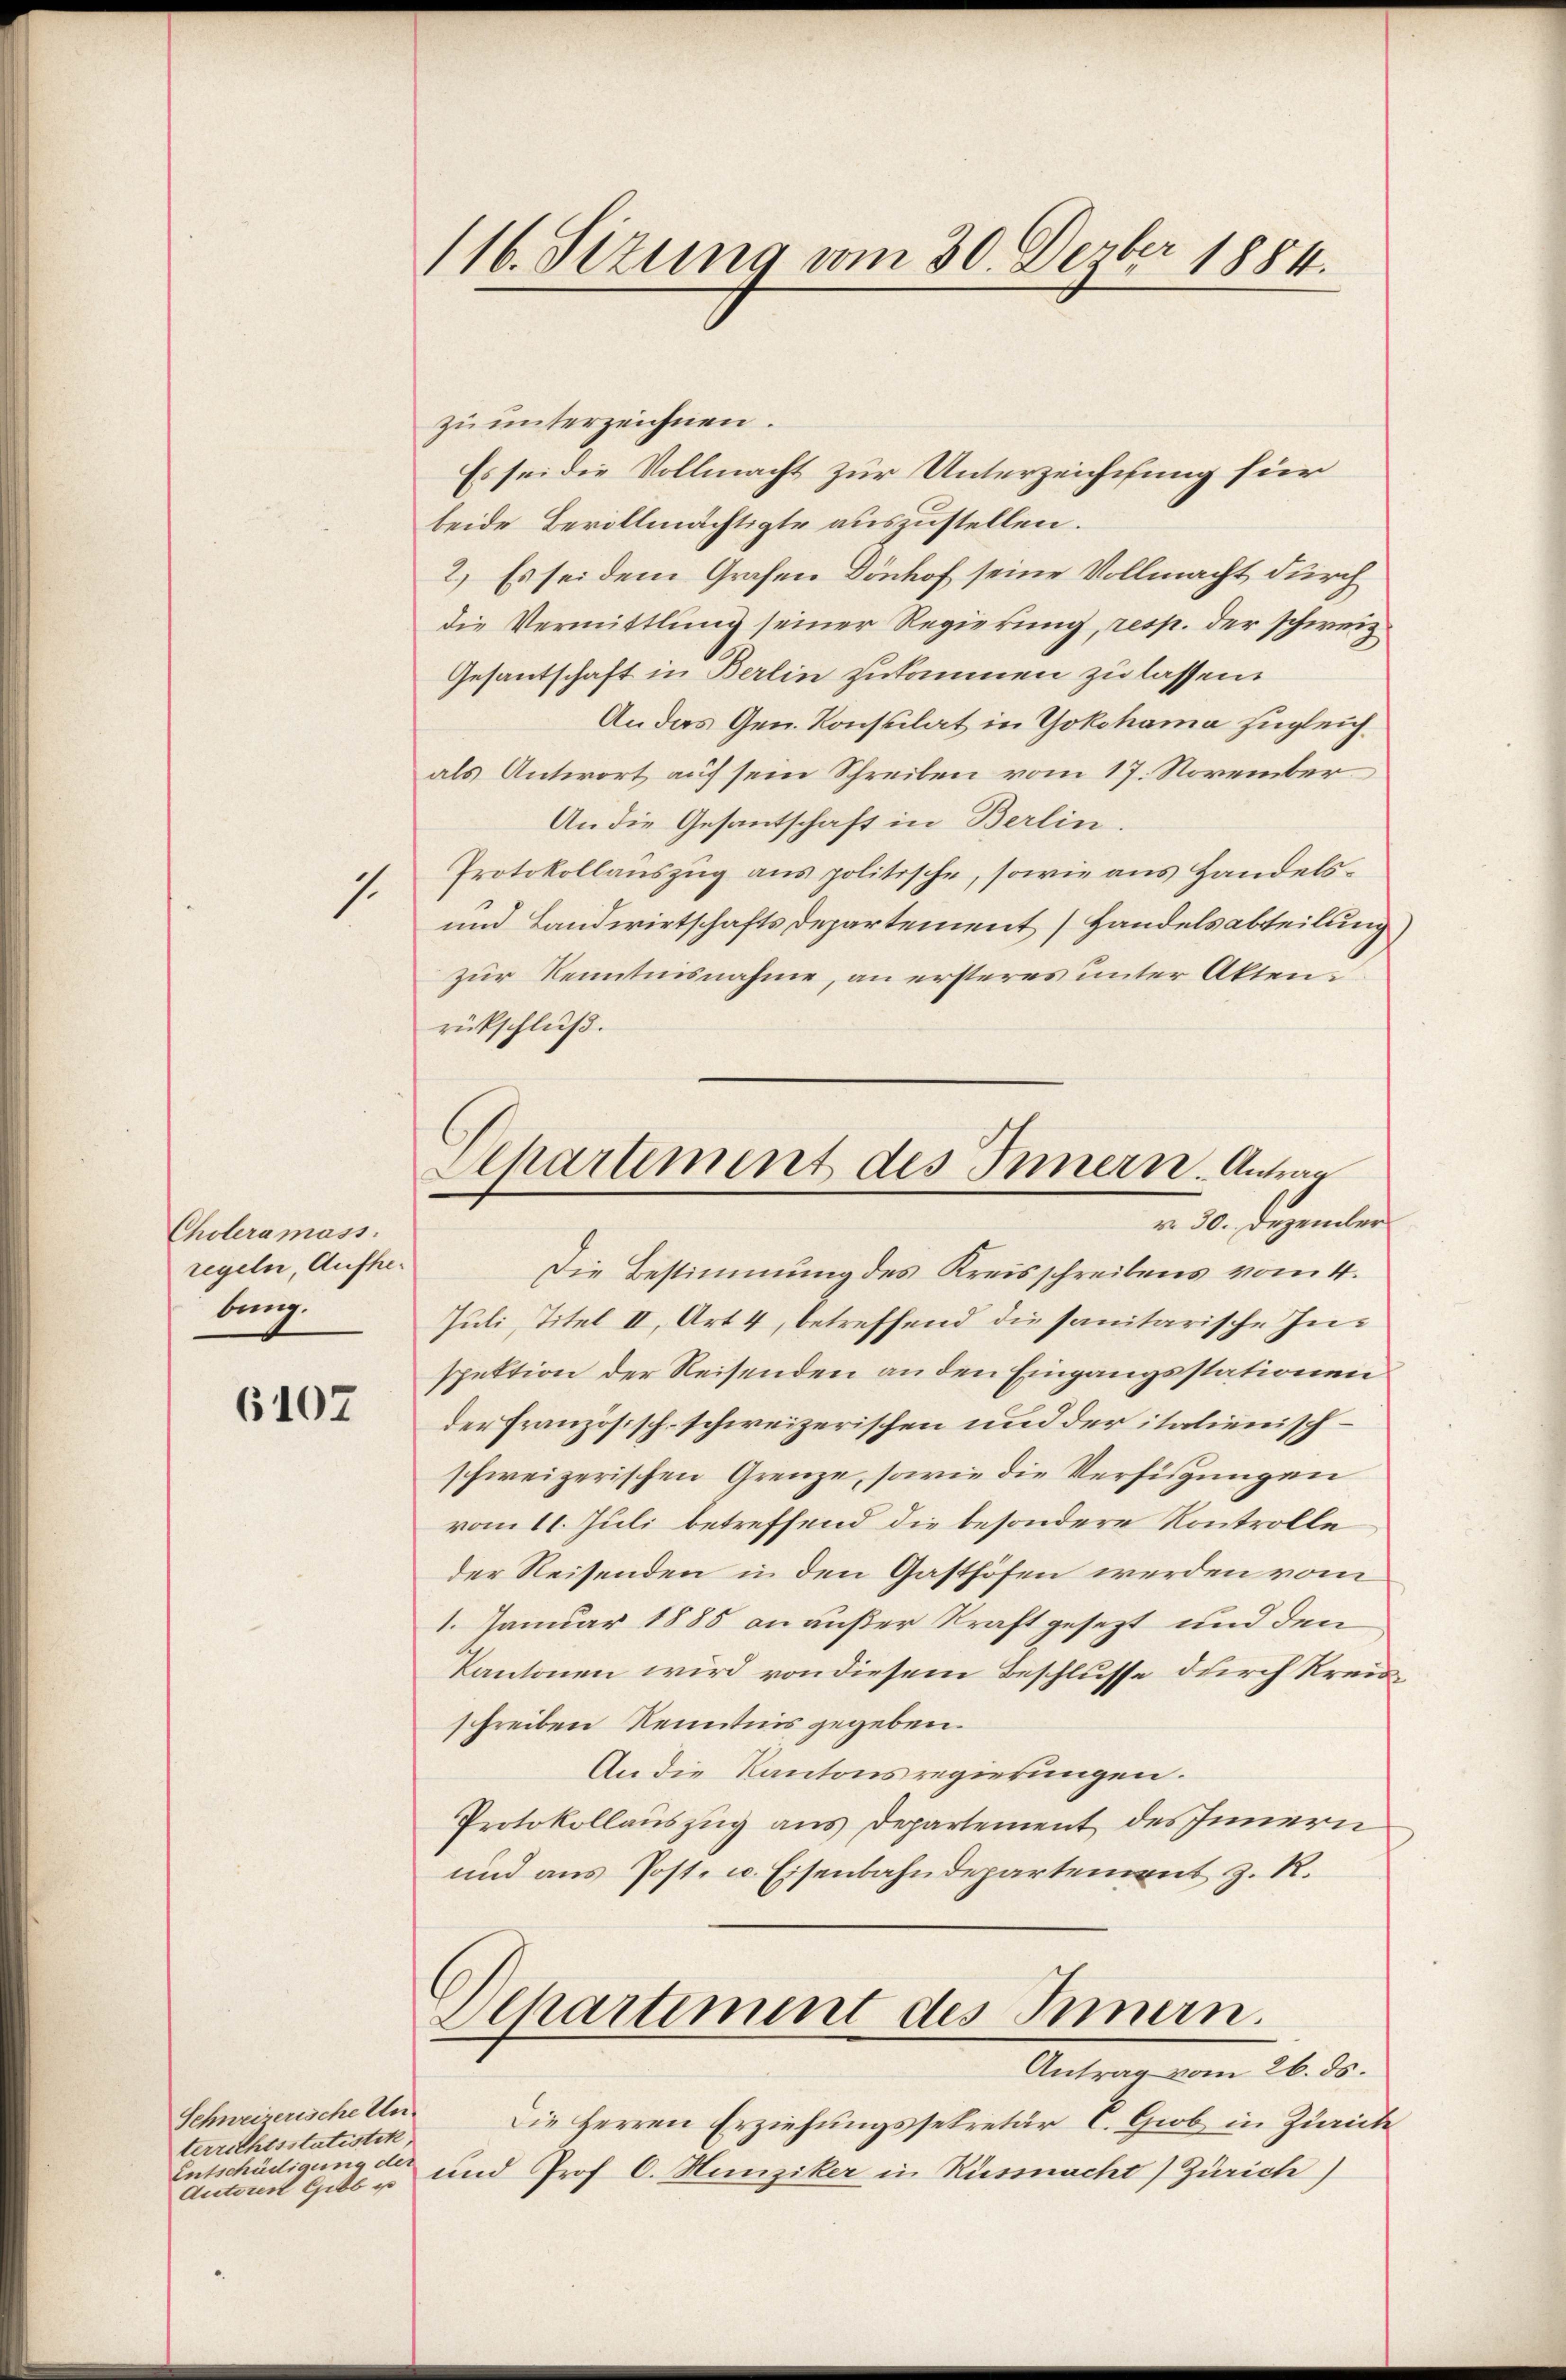
Choleramass
regeln, Aufhebung.

6107

1

zu unterzeichnen.
Es sei die Vollmacht zur Unterzeichnung für
beide Bevollmächtigte auszustellen.
2.) Es sei dem Grafen Dönhof seine Vollmacht durch
die Vermittlung seiner Regierung, resp. der schweiz
Gesantschaft in Berlin zukommen zu lassen.
An das Gen. Konsulat in Yokohama zugleichals Antwort auf sein Schreiben vom 17. November
An die Gesantschaft in Berlin.
Protokollauszug aus politische, sowie aus Handels¬
und Landwirtschaftsdepartement Handelsabteilung
zur Kenntnisnahme, an ersteres unter Akten.
rückschluß.

Schweizerische Unterrichtsstatistik
Entschädige der
Antons Gelb e

116. Sizung vom 30. Dezbr 1884.

Separtement des Innern. Antrag
v. 30. Dezember

Die Bestimmung des Kreisschreibens vom 4.
Juli, Titel II, Art. 4, betreffend die sanitarische Inspektion der Reisenden an den Eingangsstationen
der Französisch-schweizerischen und der italienischschweizerischen Grenze, sowie die Verfügungen
vom 11. Juli betreffend die besondere Kontrolle
der Reisenden in den Gasthöfen werden vom
1. Januar 1885 an außer Kraft gesezt und den
Kantonen wird von diesem Beschlusse durch Kreisschreiben Kenntnis gegeben.
An die Kantonsregierungen.
Protokollauszug aus Departement des Innern
und aus Post- u. Eisenbahndepartement z. R.
Departiment des Innern.
Antrag vom 26. ds.
Die Herren Erziehungssekretär E. Grob in Zürich
und Prof C. Hunziker in Küssnacht (Zürich)